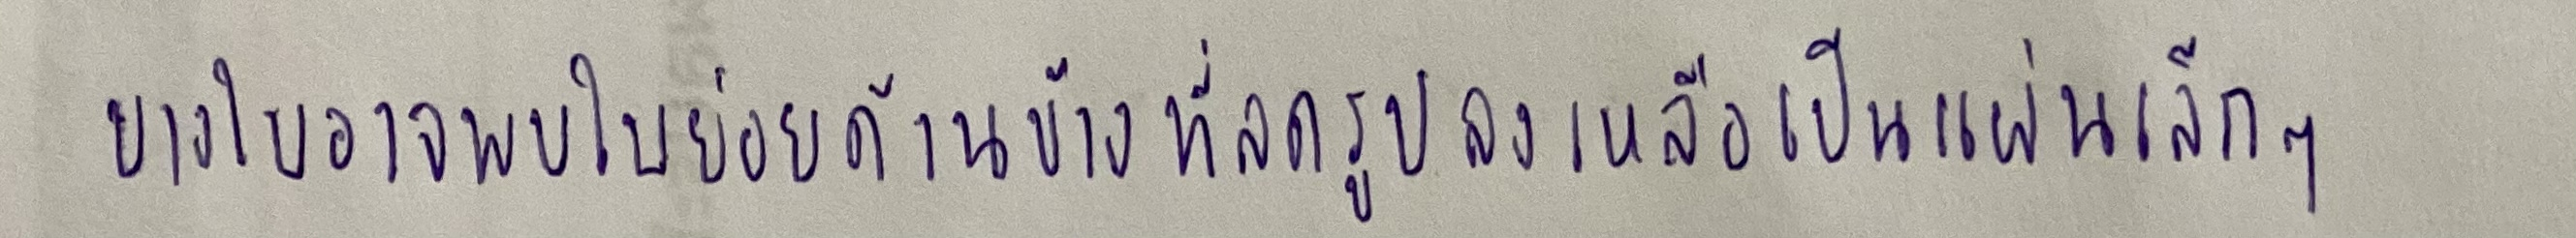
บางใบอาจพบใบย่อยด้านข้างที่ลดรูปลงเหลือเป็นแผ่นเล็กๆ